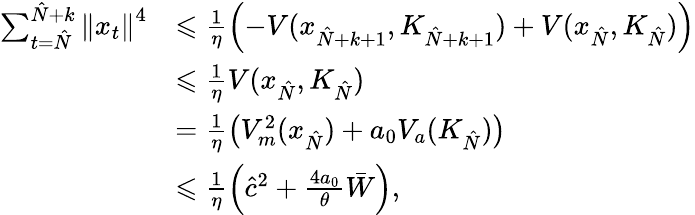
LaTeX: \begin{array}{rl}{\sum_{t=\hat{N}}^{\hat{N}+k}\left\| x_{t}\right\| ^{4}}&{\leqslant\frac{1}{\eta}\left(-V(x_{\hat{N}+k+1},K_{\hat{N}+k+1})+V(x_{\hat{N}},K_{\hat{N}})\right)}\\ &{\leqslant\frac{1}{\eta}V(x_{\hat{N}},K_{\hat{N}})}\\ &{=\frac{1}{\eta}\left(V_{m}^{2}(x_{\hat{N}})+a_{0}V_{a}(K_{\hat{N}})\right)}\\ &{\leqslant\frac{1}{\eta}\left(\hat{c}^{2}+\frac{4a_{0}}{\theta}\bar{W}\right),}\end{array}